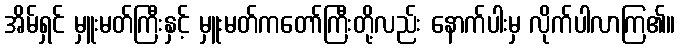
အိမ်ရှင် မှူးမတ်ကြီးနှင့် မှူးမတ်ကတော်ကြီးတို့လည်း နောက်ပါးမှ လိုက်ပါလာကြ၏။